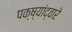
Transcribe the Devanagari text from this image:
पक्ष्यांद्वारे